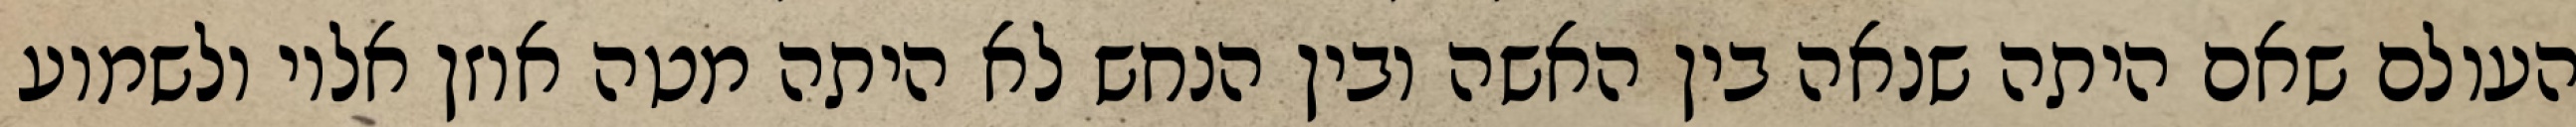
העולם שאם היתה שנאה בין האשה ובין הנחש לא היתה מטה אוזן אליו ולשמוע